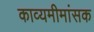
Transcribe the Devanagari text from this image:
काव्यमीमांसक